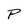
Character: P